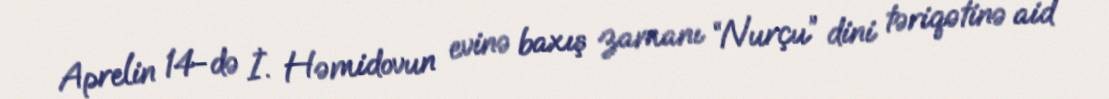
Aprelin 14-də İ. Həmidovun evinə baxış zamanı “Nurçu” dini təriqətinə aid